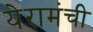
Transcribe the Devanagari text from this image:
येरामंची